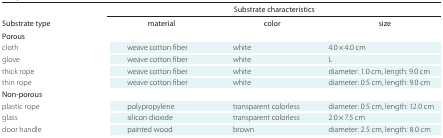
<table><thead><tr><td></td><td colspan="2"></td><td><b>Substrate characteristics</b></td><td></td></tr></thead><tbody><tr><td><b>Substrate type</b></td><td colspan="2">material</td><td>color</td><td>size</td></tr><tr><td>Porous</td><td colspan="2"></td><td></td><td></td></tr><tr><td colspan="2">cloth</td><td>weave cotton fiber</td><td>white</td><td>4.0 × 4.0 cm</td></tr><tr><td colspan="2">glove</td><td>weave cotton fiber</td><td>white</td><td>L</td></tr><tr><td colspan="2">thick rope</td><td>weave cotton fiber</td><td>white</td><td>diameter: 1.0 cm length: 9.0 cm</td></tr><tr><td colspan="2">thin rope</td><td>weave cotton fiber</td><td>white</td><td>diameter: 0.5 cm length: 9.0 cm</td></tr><tr><td colspan="2">Non-porous</td><td></td><td></td><td></td></tr><tr><td colspan="2">plastic rope</td><td>polypropylene</td><td>transparent colorless</td><td>diameter: 0.5 cm length: 12.0 cm</td></tr><tr><td colspan="2">glass</td><td>silicon dioxide</td><td>transparent colorless</td><td>2.0 × 7.5 cm</td></tr><tr><td colspan="2">door handle</td><td>painted wood</td><td>brown</td><td>diameter: 2.5 cm length: 8.0 cm</td></tr></tbody></table>